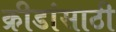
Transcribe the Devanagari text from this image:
क्रीडांसाठी